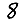
Digit: 8